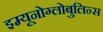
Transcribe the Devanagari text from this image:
इम्यूनोग्लोबुलिन्स